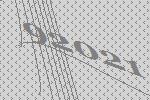
92021